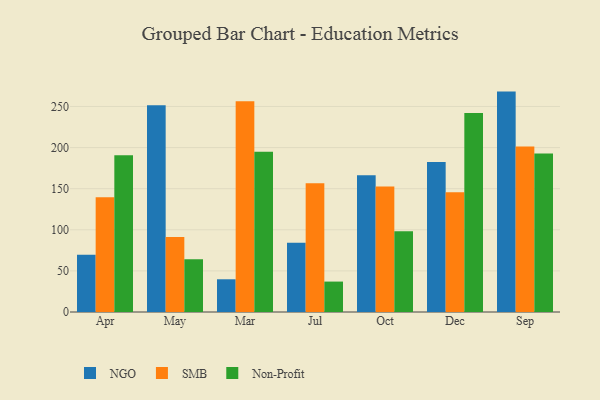
{"axis": {"x": "Month", "y": "Page Views"}, "legend": ["NGO", "Non-Profit", "SMB"], "data": [{"x": "Apr", "y": 69.5, "type": "NGO"}, {"x": "Apr", "y": 139.5, "type": "SMB"}, {"x": "Apr", "y": 190.8, "type": "Non-Profit"}, {"x": "May", "y": 251.4, "type": "NGO"}, {"x": "May", "y": 91.1, "type": "SMB"}, {"x": "May", "y": 64.3, "type": "Non-Profit"}, {"x": "Mar", "y": 39.8, "type": "NGO"}, {"x": "Mar", "y": 256.5, "type": "SMB"}, {"x": "Mar", "y": 194.9, "type": "Non-Profit"}, {"x": "Jul", "y": 84.1, "type": "NGO"}, {"x": "Jul", "y": 156.5, "type": "SMB"}, {"x": "Jul", "y": 37.0, "type": "Non-Profit"}, {"x": "Oct", "y": 166.3, "type": "NGO"}, {"x": "Oct", "y": 152.8, "type": "SMB"}, {"x": "Oct", "y": 98.1, "type": "Non-Profit"}, {"x": "Dec", "y": 182.6, "type": "NGO"}, {"x": "Dec", "y": 145.7, "type": "SMB"}, {"x": "Dec", "y": 242.0, "type": "Non-Profit"}, {"x": "Sep", "y": 268.1, "type": "NGO"}, {"x": "Sep", "y": 201.4, "type": "SMB"}, {"x": "Sep", "y": 192.7, "type": "Non-Profit"}]}